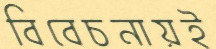
বিবেচনায়ই